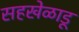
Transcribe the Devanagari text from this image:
सहखेळाडू